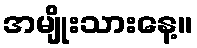
အမျိုးသားနေ့။